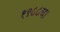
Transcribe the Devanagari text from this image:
१९८८चा